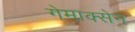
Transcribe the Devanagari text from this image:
गेमाक्सेन